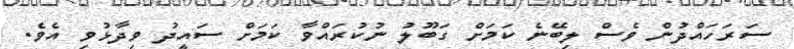
ސަރަހައްދުން ވެސް ލިބޭނެ ކަމަަށް ގަބޫލު ނުކުރައްވާ ކަމަށް ސައީދު ވިދާޅުވި އެވެ.